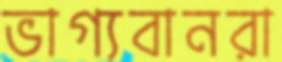
ভাগ্যবানরা